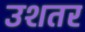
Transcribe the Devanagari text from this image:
उशतर